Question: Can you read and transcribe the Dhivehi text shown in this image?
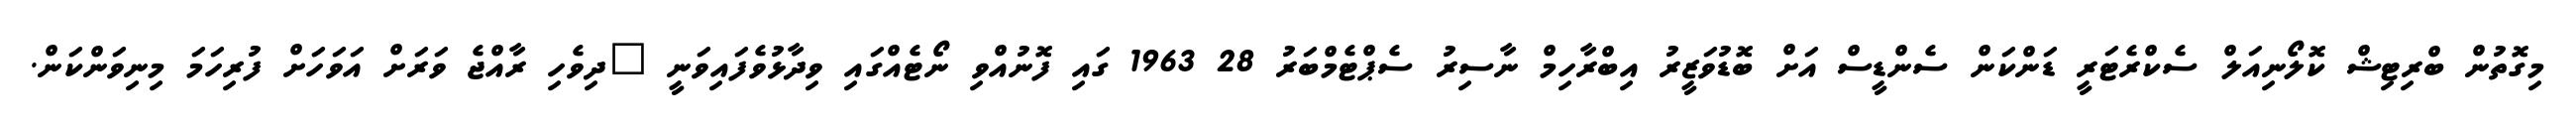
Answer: މިގޮތުން ބްރިޓިޝް ކޮލޯނިއަލް ސެކްރެޓަރީ ޑަންކަން ސެންޑީސް އަށް ބޮޑުވަޒީރު އިބްރާހިމް ނާސިރު ސެޕްޓެމްބަރު 28 1963 ގައި ފޮނުއްވި ނޯޓެއްގައި ވިދާޅުވެފައިވަނީ "ދިވެހި ރާއްޖެ ވަރަށް އަވަހަށް ފުރިހަމަ މިނިވަންކަން.